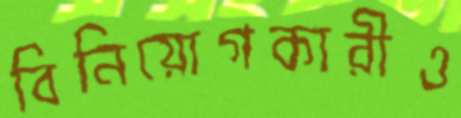
বিনিয়োগকারীও